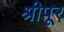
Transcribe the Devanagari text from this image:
श्रीपूर